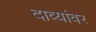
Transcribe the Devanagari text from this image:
दाव्यांवर